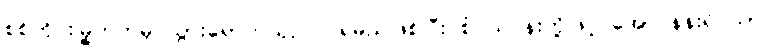
စစ်ကိုင်းမြို့ဘက်မှ သွားရောက်ယှဉ်ပြိုင်ရမည်ဖြစ်ပြီး စံပယ်ပန်းတို့ဖြင့် အောင်နန်းရိပ်သာ